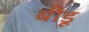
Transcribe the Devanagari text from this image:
बीडू